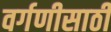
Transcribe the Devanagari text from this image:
वर्गणीसाठी